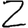
Digit: 2